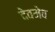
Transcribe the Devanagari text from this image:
देवमेव